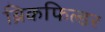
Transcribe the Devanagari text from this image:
ब्रिकफिल्डर